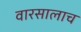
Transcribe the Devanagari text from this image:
वारसालाच